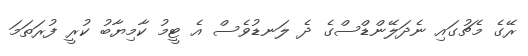
ރޭގެ މެޗުގައި ނެދަލޭންޑްސްގެ ދެ ލަނޑުވެސް އެ ޓީމު ކާމިޔާބު ކުރީ ފުރަތަމަ